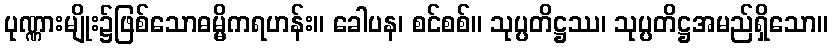
ပုဏ္ဏားမျိုး၌ဖြစ်သောဓမ္မိကရဟန်း။ ခေါပန၊ စင်စစ်။ သုပ္ပတိဋ္ဌဿ၊ သုပ္ပတိဋ္ဌအမည်ရှိသော။